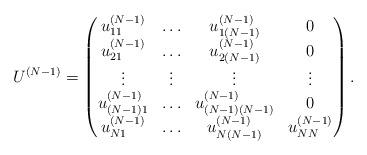
LaTeX: \begin{align*}U^{(N-1)}=\begin{pmatrix}u_{11}^{(N-1)}&\ldots &u^{(N-1)}_{1(N-1)}&0\\u_{21}^{(N-1)}&\ldots &u^{(N-1)}_{2(N-1)}&0\\\vdots&\vdots &\vdots&\vdots\\u_{(N-1)1}^{(N-1)}&\ldots &u^{(N-1)}_{(N-1)(N-1)}&0\\u_{N1}^{(N-1)}&\ldots &u^{(N-1)}_{N(N-1)}&u^{(N-1)}_{NN}\end{pmatrix}.\end{align*}